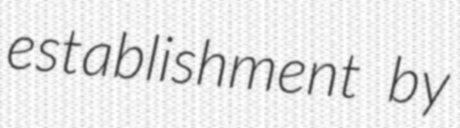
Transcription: establishment by